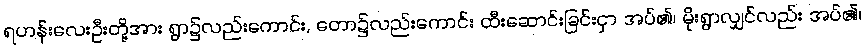
ရဟန်းလေးဦးတို့အား ရွာ၌လည်းကောင်း, တော၌လည်းကောင်း ထီးဆောင်းခြင်းငှာ အပ်၏၊ မိုးရွာလျှင်လည်း အပ်၏၊